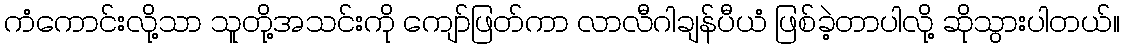
ကံကောင်းလို့သာ သူတို့အသင်းကို ကျော်ဖြတ်ကာ လာလီဂါချန်ပီယံ ဖြစ်ခဲ့တာပါလို့ ဆိုသွားပါတယ်။